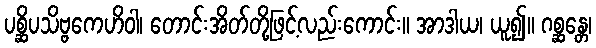
ပစ္ဆိပသိဗ္ဗကေဟိဝါ၊ တောင်းအိတ်တို့ဖြင့်လည်းကောင်း။ အာဒါယ၊ ယူ၍။ ဂစ္ဆန္တေ၊